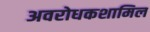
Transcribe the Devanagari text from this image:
अवरोधकशामिल